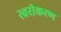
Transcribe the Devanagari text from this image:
स्वरीकरण